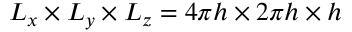
L _ { x } \times L _ { y } \times L _ { z } = 4 \pi h \times 2 \pi h \times h